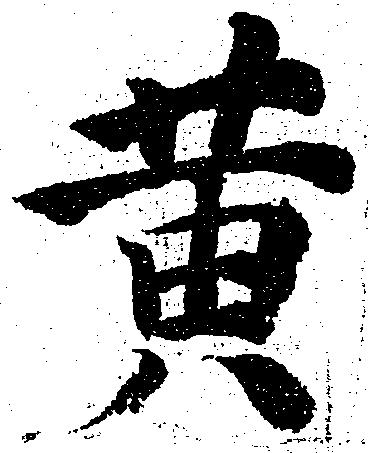
黄